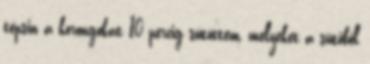
tepsin a korongokat 10 percig sütöttem, melyeket a sütőből